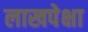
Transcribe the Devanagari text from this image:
लाखपेक्षा